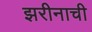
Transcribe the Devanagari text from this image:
झरीनाची